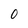
Character: 0